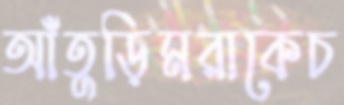
আঁতুড়িমরাকেচ